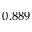
0 . 8 8 9